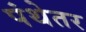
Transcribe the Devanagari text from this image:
पंथेतर